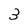
Character: 3